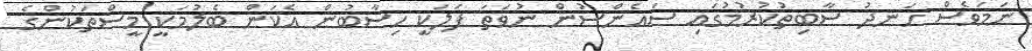
ނަމަވެސް ހަނދު ސާބިތުކުރުމުގައި ސައެންސުން ނުވަތަ ފަލަކީ ހިސާބުން އެކަން ބެލުމަކީ މީސްތަކުންގެ